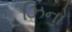
ઝિનો